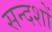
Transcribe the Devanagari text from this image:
सन्दशों